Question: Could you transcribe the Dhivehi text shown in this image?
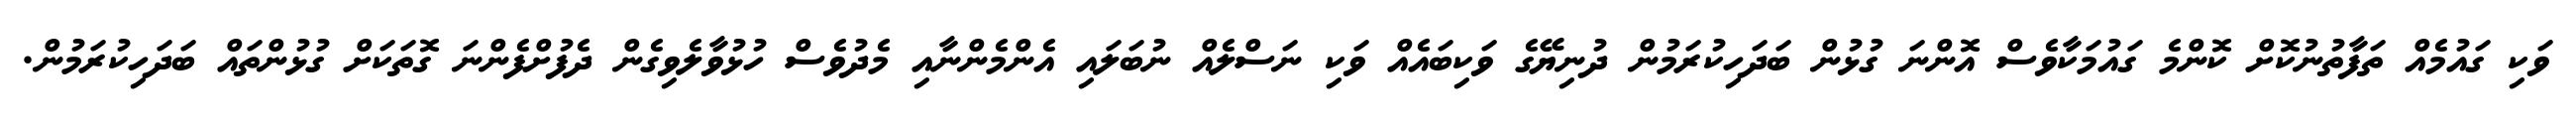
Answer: ވަކި ގައުމެއް ތަފާތުނުކޮށް ކޮންމެ ގައުމަކާވެސް އޮންނަ ގުޅުން ބަދަހިކުރަމުން ދުނިޔޭގެ ވަކިބައެއް ވަކި ނަސްލެއް ނުބަލައި އެންމެންނާއި މެދުވެސް ހުޅުވާލެވިގެން ދެފުށްފެންނަ ގޮތަކަށް ގުޅުންތައް ބަދަހިކުރަމުން.